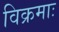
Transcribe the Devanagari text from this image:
विक्रमाः